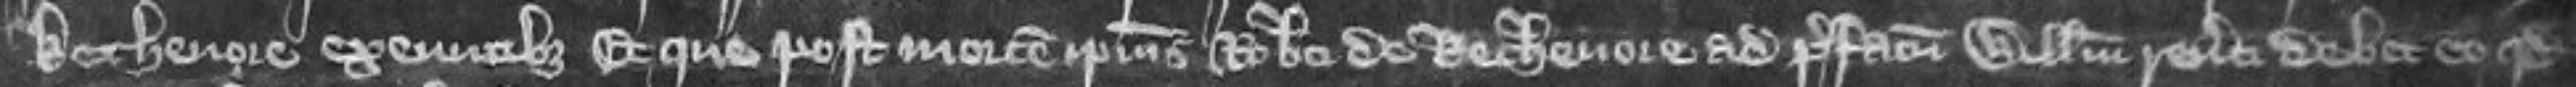
Kechenore exeuntibus Et que post mortem ipsius Roberti de Kechenore ad prefatum Willelmum reverti debet et quod